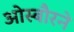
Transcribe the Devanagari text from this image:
ओस्बौरने